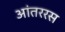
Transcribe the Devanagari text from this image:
आंतररस